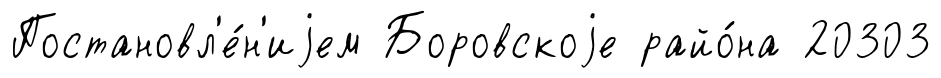
Постановл'е́н'иjем Боровскоjе райо́на 20303